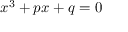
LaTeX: x ^ { 3 } + p x + q = 0